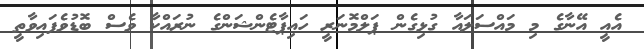
އެއީ އޭނާގެ މި މައްސަލައާ ގުޅިގެން ޕަލްމޮނަރީ ހައިޕާޓެންޝަންގެ ނުރައްކާ ވެސް ބޮޑުވެފައިވާތީ